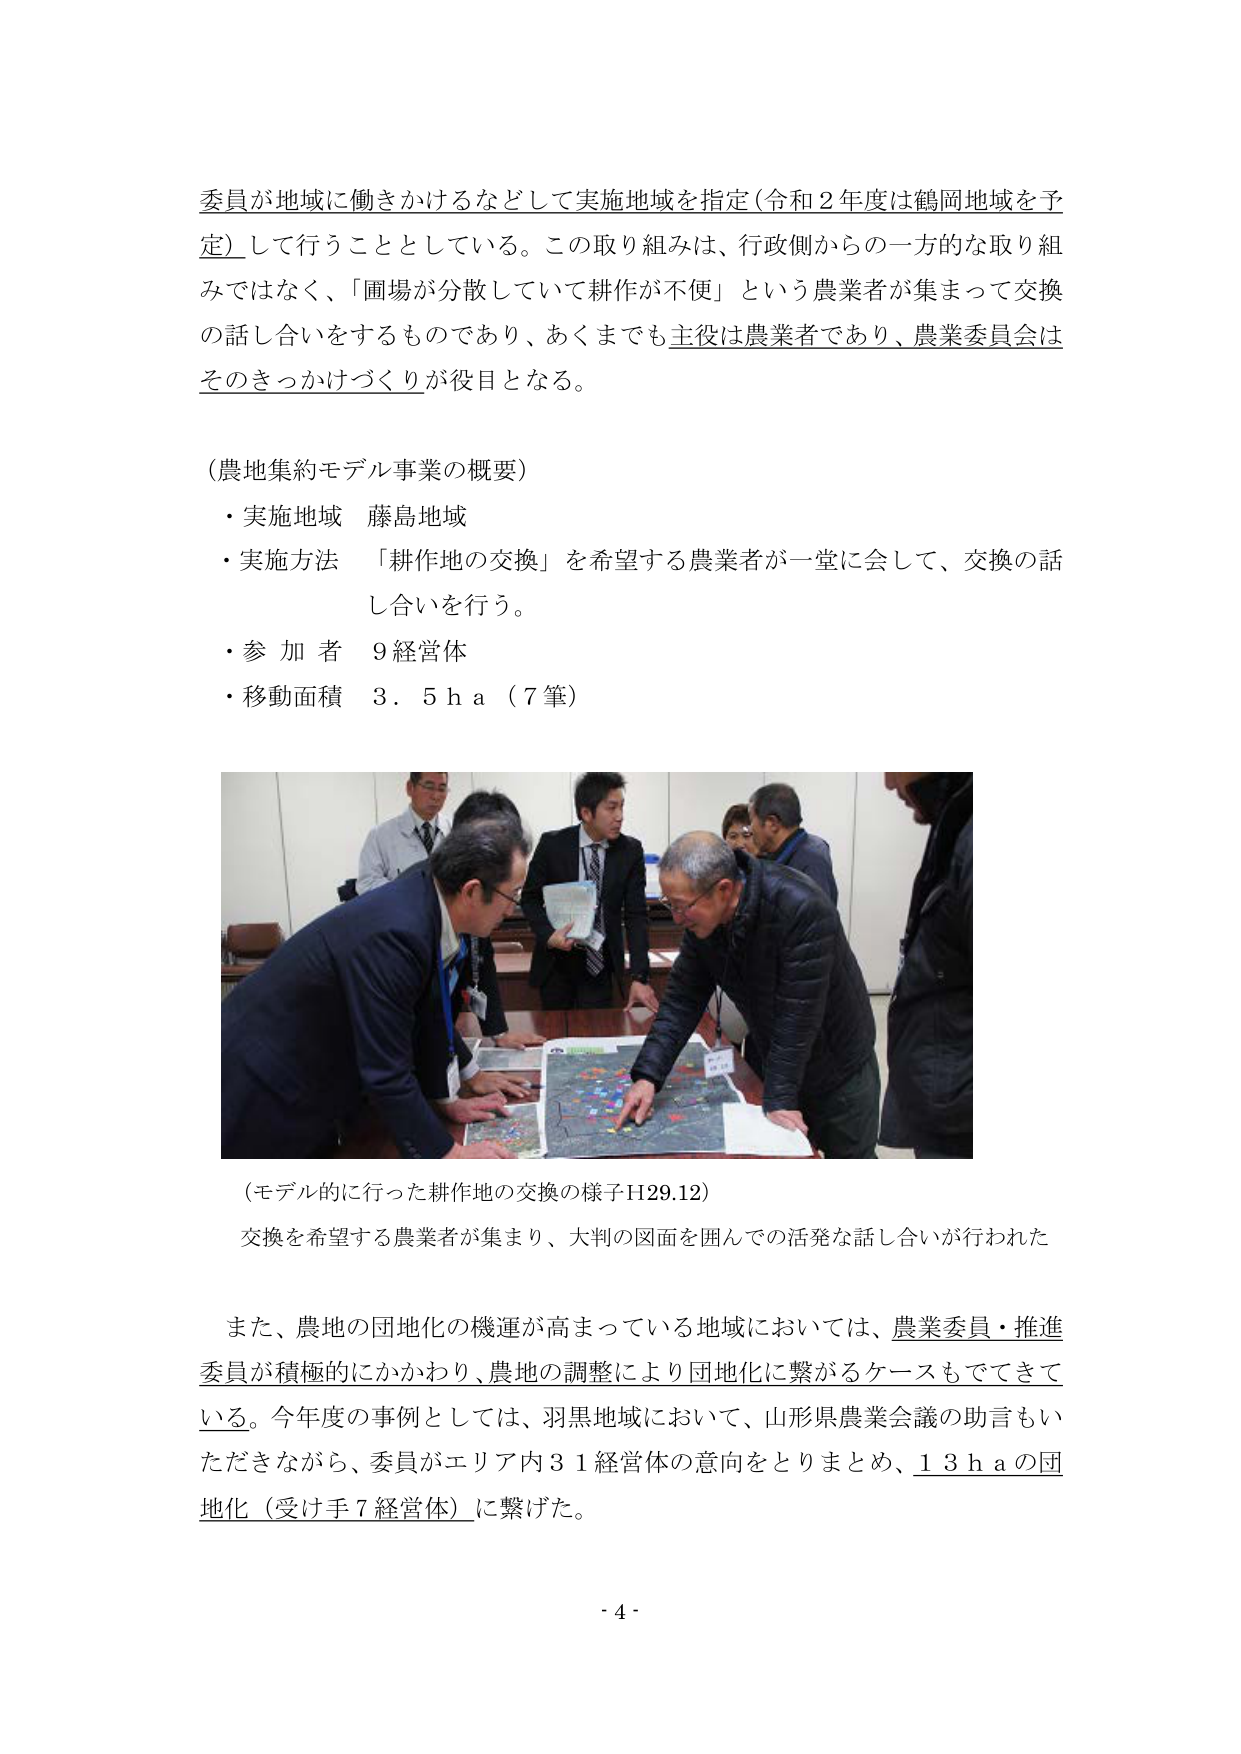
委員が地域に働きかけるなどして実施地域を指定（令和２年度は鶴岡地域を予定）して行うこととしている。この取り組みは、行政側からの一方的な取り組みではなく、「圃場が分散していて耕作が不便」という農業者が集まって交換の話し合いをするものであり、あくまでも主役は農業者であり、農業委員会はそのきっかけづくりが役目となる。

（農地集約モデル事業の概要）
・実施地域　藤島地域
・実施方法　「耕作地の交換」を希望する農業者が一堂に会して、交換の話し合いを行う。
・参加者　９経営体
・移動面積　３．５ｈａ（７筆）

（モデル的に行った耕作地の交換の様子Ｈ29.12）
交換を希望する農業者が集まり、大判の図面を囲んでの活発な話し合いが行われた

また、農地の団地化の機運が高まっている地域においては、農業委員・推進委員が積極的にかかわり、農地の調整により団地化に繋がるケースもできている。今年度の事例としては、羽黒地域において、山形県農業会議の助言もいただきながら、委員がエリア内３１経営体の意向をとりまとめ、１３ｈａの団地化（受け手７経営体）に繋げた。

- 4 -